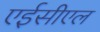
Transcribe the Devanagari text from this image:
एईसीएल